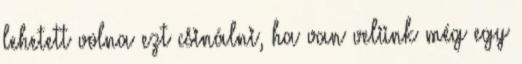
lehetett volna ezt csinálni, ha van velünk még egy